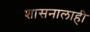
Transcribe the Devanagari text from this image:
शासनालाही